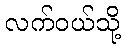
လက်ဝယ်သို့